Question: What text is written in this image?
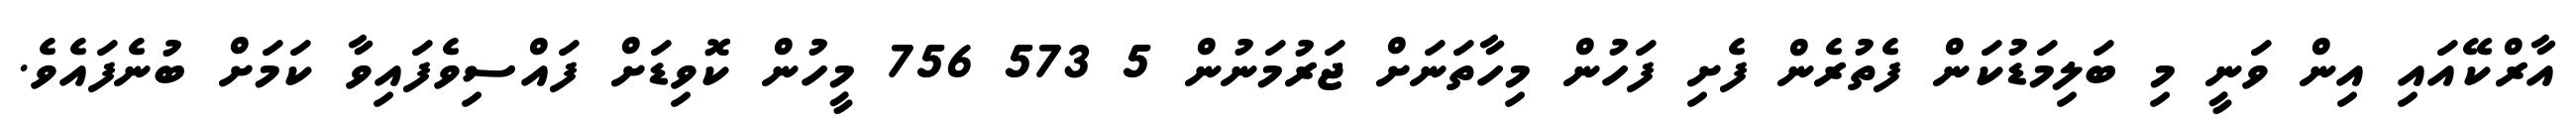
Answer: އާރްކޭއައި އިން ވަނީ މި ބަލިމަޑުކަން ފެތުރެން ފެށި ފަހުން މިހާތަނަށް ޖަރުމަނުން 5 573 756 މީހުން ކޮވިޑަށް ފައްސިވެފައިވާ ކަމަށް ބުނެފައެވެ.